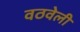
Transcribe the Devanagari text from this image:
वठवेली